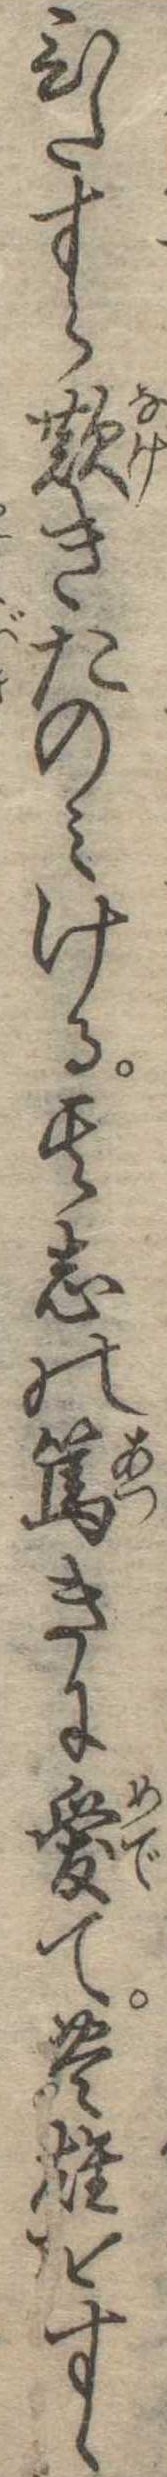
ひたすら歎きたのみける其志の篤きに愛て豊雄をすゝ